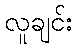
လူချင်း